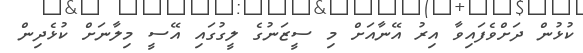
ކުޅުން ދަށްވެފައިވާ އިރު އޭނާއަށް މި ސީޒަނުގެ ލީގުގައި އޭސީ މިލާނަށް ކުޅެދިން